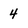
Character: 4